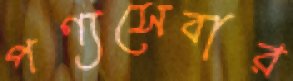
পণ্যসেবার